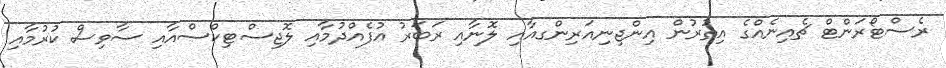
ރެސްޓޯރަންޓް ޗެއިނެއްގެ އިތުރުން އިންޖިނިއަރިންގއާއި ލޮނާއި ރަބަރު އުފެއްދުމާއި ލޮޖިސްޓިކްސްއާއި ސާވިސް ކުރުމާއި